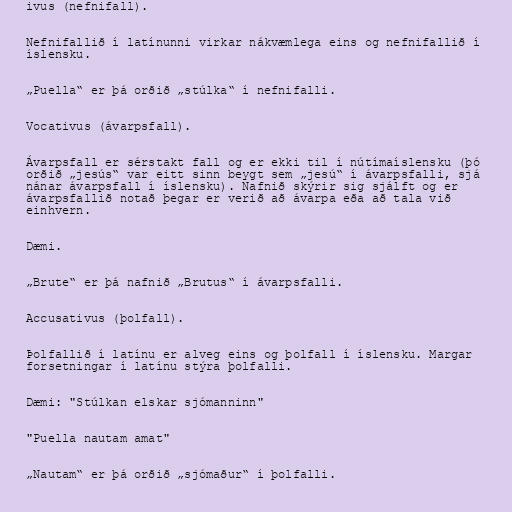
ivus (nefnifall).

Nefnifallið í latínunni virkar nákvæmlega eins og nefnifallið í
íslensku.

„Puella“ er þá orðið „stúlka“ í nefnifalli.

Vocativus (ávarpsfall).

Ávarpsfall er sérstakt fall og er ekki til í nútímaíslensku (þó
orðið „jesús“ var eitt sinn beygt sem „jesú“ í ávarpsfalli, sjá
nánar ávarpsfall í íslensku). Nafnið skýrir sig sjálft og er
ávarpsfallið notað þegar er verið að ávarpa eða að tala við
einhvern.

Dæmi.

„Brute“ er þá nafnið „Brutus“ í ávarpsfalli.

Accusativus (þolfall).

Þolfallið í latínu er alveg eins og þolfall í íslensku. Margar
forsetningar í latínu stýra þolfalli.

Dæmi: "Stúlkan elskar sjómanninn"

"Puella nautam amat"

„Nautam“ er þá orðið „sjómaður“ í þolfalli.